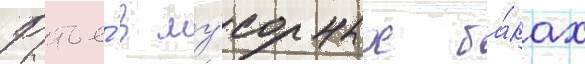
Рытье́ в му́сорных ба́ках